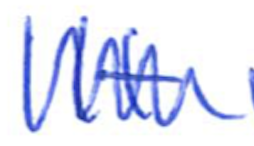
Text: It
Cross-out: zig-zag
Writing tool: ballpoint